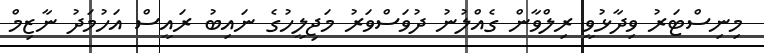
މިނިސްޓަރު ވިދާޅުވީ ރިލްވާން ގެއްލުނު ދުވަސްވަރު މަޖިލީހުގެ ނައިބު ރައީސް އަހުމަދު ނާޒިމް